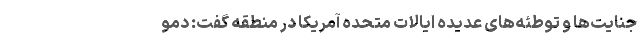
جنایت‌ها و توطئه‌های عدیده ایالات‌ متحده آمریکا در منطقه گفت: دمو